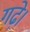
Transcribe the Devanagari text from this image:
गढ़े।